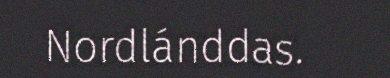
Nordlánddas.